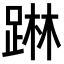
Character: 𨂕